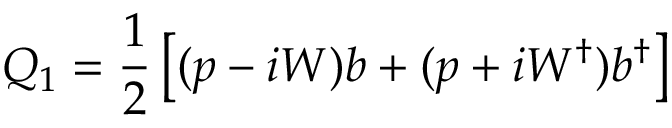
Q _ { 1 } = { \frac { 1 } { 2 } } \left[ ( p - i W ) b + ( p + i W ^ { \dagger } ) b ^ { \dagger } \right]